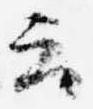
云